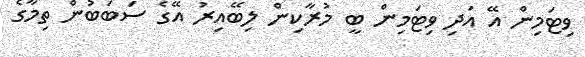
ވިޓަމިން އޭ އަދި ވިޓަމިން ބީ މުރާކިން ލިބޭއިރު އޭގެ ސަބަބުން ތިމާގެ